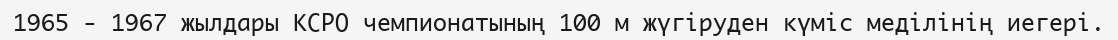
1965 - 1967 жылдары КСРО чемпионатының 100 м жүгіруден күміс меділінің иегері.